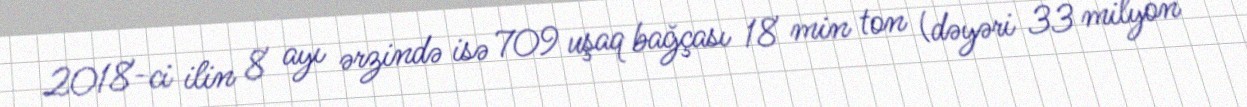
2018-ci ilin 8 ayı ərzində isə 709 uşaq bağçası 18 min ton (dəyəri 33 milyon